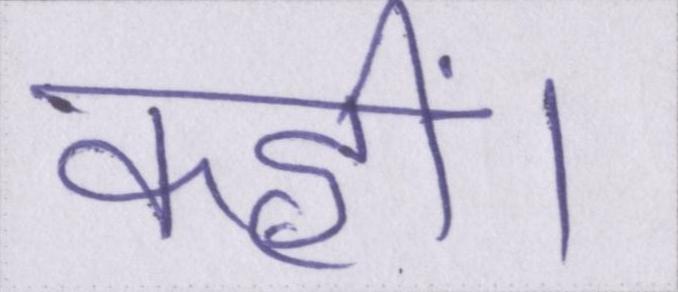
कहीं।